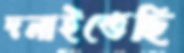
দলাইতেছি